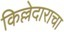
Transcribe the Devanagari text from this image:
किल्लेदाराचा